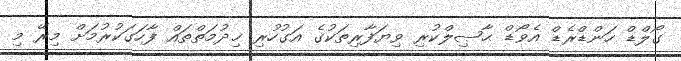
ގޯލްޑް ހަންޑްރެޑް އެވޯޑް ޙާޞިލްކުރި ވިޔަފާރިތަކުގެ އަގުހުރި ޚިދުމަތްތައް ފާހަގަކުރުމަށް މިރޭ މި